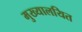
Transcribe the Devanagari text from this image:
मुख्यालयित